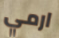
ارمي